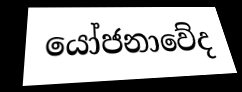
යෝජනාවේද